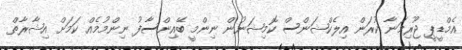
އެމްޑީޕީ ޖޫރިމަނާ ކުރަން އިލެކްޝަންސް ކޮމިޝަނުން ނިންމީ ބޭއިންސާފު ނިންމުމެއް ކަމަށް އިޝާރާތް